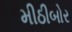
મીઠીબોર